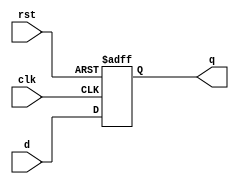

// reset_ff.v - 8-bit resettable D flip-flop

module reset_ff #(parameter WIDTH = 8) (
    input       clk, rst,
    input       [WIDTH-1:0] d,
    output reg  [WIDTH-1:0] q
);

always @(posedge clk or posedge rst) begin
    if (rst) q <= 0;
    else     q <= d;
end

endmodule